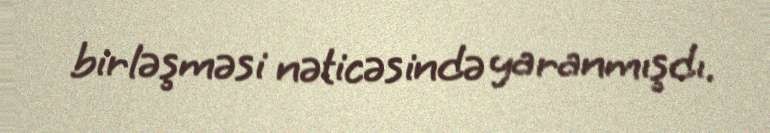
birləşməsi nəticəsində yaranmışdı.